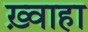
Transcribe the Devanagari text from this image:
ख़्वाहा